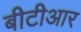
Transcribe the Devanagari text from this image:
बीटीआर